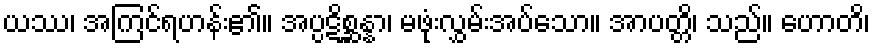
ယဿ၊ အကြင်ရဟန်း၏။ အပ္ပဋိစ္ဆန္နာ၊ မဖုံးလွှမ်းအပ်သော။ အာပတ္တိ၊ သည်။ ဟောတိ၊